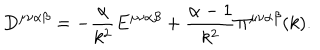
D ^ { \mu \nu \alpha \beta } = - \frac { \alpha } { k ^ { 2 } } E ^ { \mu \nu \alpha \beta } + \frac { \alpha - 1 } { k ^ { 2 } } \Pi ^ { \mu \nu \alpha \beta } ( k ) .